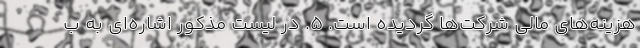
هزینه‌های مالی شرکت‌ها گردیده است. ۵. در لیست مذکور اشاره‌ای به ب